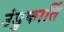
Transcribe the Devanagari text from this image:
उंडुकार्ति